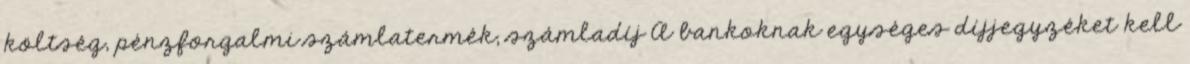
költség, pénzforgalmi számlatermék, számladíj A bankoknak egységes díjjegyzéket kell